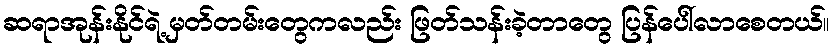
ဆရာအုန်းနိုင်ရဲ့ မှတ်တမ်းတွေကလည်း ဖြတ်သန်းခဲ့တာတွေ ပြန်ပေါ်လာစေတယ်။